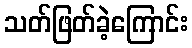
သတ်ဖြတ်ခဲ့ကြောင်း